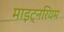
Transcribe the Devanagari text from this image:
माइट्नरियम